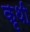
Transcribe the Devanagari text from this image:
कृथी